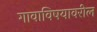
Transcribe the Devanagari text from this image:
गावाविषयावरील